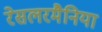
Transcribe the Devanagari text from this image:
रेसलरमैनिया